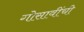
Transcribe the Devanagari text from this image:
गोसावींची